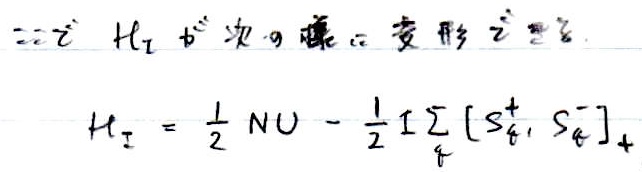
二、\(H_{I}\) 为次近藤 - 变形之盟。
\[\begin{align*}
H_{I}&=\frac{1}{2}NU-\frac{1}{2}I\sum_{i}[S_{i}^{+},S_{i}^{-}]_{+}
\end{align*}\]